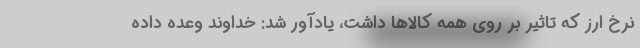
نرخ ارز که تاثیر بر روی همه کالاها داشت، یادآور شد: خداوند وعده داده